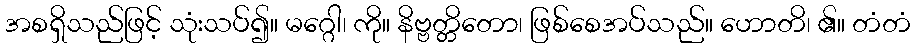
အစရှိသည်ဖြင့် သုံးသပ်၍။ မဂ္ဂေါ၊ ကို။ နိဗ္ဗတ္တိတော၊ ဖြစ်စေအပ်သည်။ ဟောတိ၊ ၏။ တံတံ